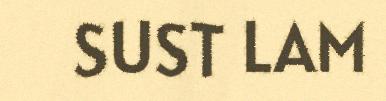
SUST LAM